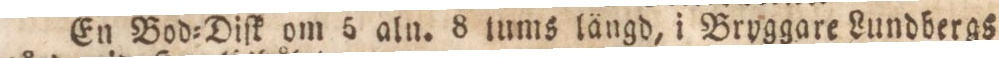
En Bod=Diſk om 5 aln. 8 tums längd, i Bryggare Lundbergs